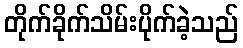
တိုက်ခိုက်သိမ်းပိုက်ခဲ့သည်